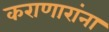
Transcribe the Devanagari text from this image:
कराणारांना